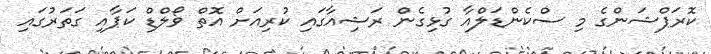
ކޮރަޕްޝަންގެ މި ސްކެންޑަލްއާ ގުޅިގެން ރަޝިއާގައި ކުރިއަށް އޮތް ވޯލްޑް ކަޕާއި ގަތަރުގައި